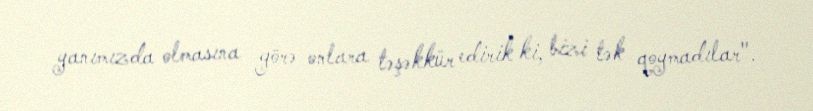
yanımızda olmasına görə onlara təşəkkür edirik ki, bizi tək qoymadılar".